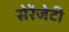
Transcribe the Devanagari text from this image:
सेरेंजेटी